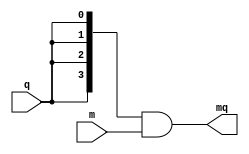
`timescale 1ns / 1ps



module mq_4bit(
    input [3:0] m,
    input q,
    output [3:0] mq

    );
    
    assign mq = {4{q}} & m;
    
endmodule